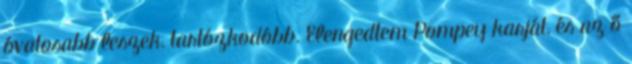
óvatosabb leszek, tartózkodóbb. Elengedtem Pompey karját, és az ő